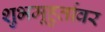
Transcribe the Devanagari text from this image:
शुभमूहुर्तावर